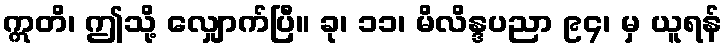
ဣတိ၊ ဤသို့ လျှောက်ပြီ။ ခု၊ ၁၁၊ မိလိန္ဒပညာ ၉၄၊ မှ ယူရန်